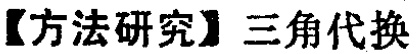
【方法研究】三角代换